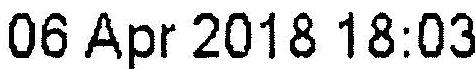
06 APR 2018 18:03